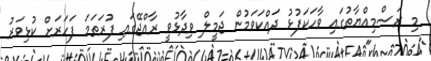
މި ރަސްމިއްޔާތުގައި ވާހަކަފުޅު ދައްކަވަމުން ޖަމީލް ވިދާޅުވީ ރާއްޖޭގައި ފުރަތަމަ ފަހަރަށް ކުޅިވަރު